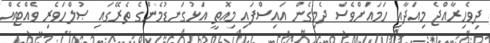
ދިވެހިރާއްޖެ މިއަދާއި ހަމައަށްވެސް ދެމިގެން އައިސްފައި މިއޮތީ އަޅުގަނޑުމެންގެ ތެރޭގައި ޞުލްހަވެރި ވެއްޓެއް